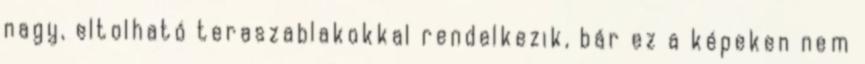
nagy, eltolható teraszablakokkal rendelkezik, bár ez a képeken nem